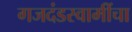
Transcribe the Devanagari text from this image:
गजदंडस्वामींचा